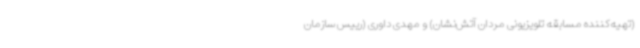
(تهیه‌کننده مسابقه تلویزیونی مردان آتش‌نشان) و مهدی داوری (رییس سازمان